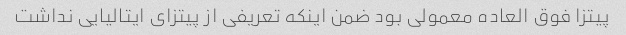
پیتزا فوق العاده معمولی بود ضمن اینکه تعریفی از پیتزای ایتالیایی نداشت